Indian journal of veterinary science and animal husbandry - Volume 4,
Year: 1934
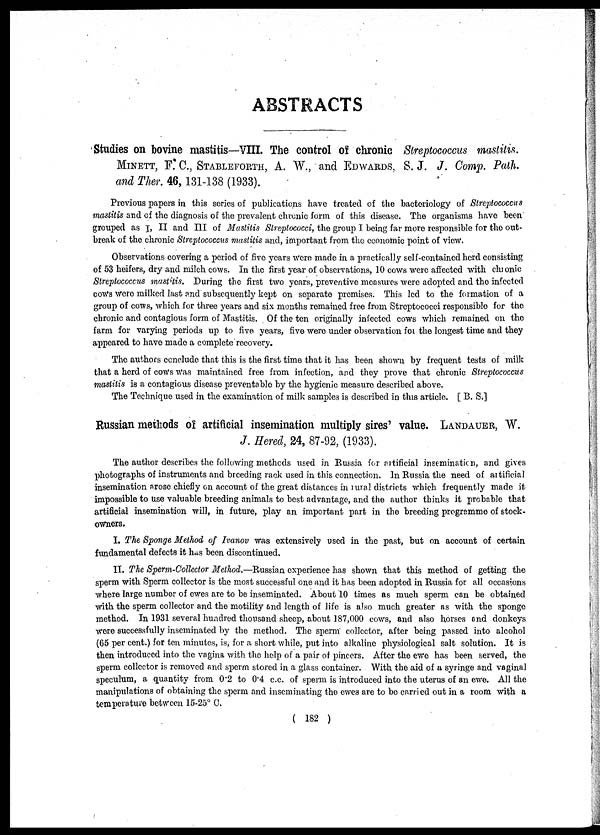
ABSTRACTS
Studies on bovine mastitis—VIII. The control of chronic Streptococcus mastitis.
MINETT, F. C., STABLEFORTH, A. W., and EDWARDS, S.J. J. Comp. Path.
and Ther. 46, 131-138 (1933).
Previous papers in this series of publications have treated of the bacteriology of Streptococcus
mastitis and of the diagnosis of the prevalent chronic form of this disease. The organisms have been
grouped as I, II and III of Mastitis Streptococci, the group I being far more responsible for the out-
break of the chronic Streptococcus mastitis and, important from the economic point of view.
Observations covering a period of five years were made in a practically self-contained herd consisting
of 53 heifers, dry and milch cows. In the first year of observations, 10 cows were affected with chronic
Streptococcus mastitis. During the first two years, preventive measures were adopted and the infected
cows were milked last and subsequently kept on separate premises. This led to the formation of a
group of cows, which for three years and six months remained free from Streptococci responsible for the
chronic and contagious form of Mastitis. Of the ten originally infected cows which remained on the
farm for varying periods up to five years, five were under observation for the longest time and they
appeared to have made a complete recovery.
The authors conclude that this is the first time that it has been shown by frequent tests of milk
that a herd of cows was maintained free from infection, and they prove that chronic Streptococcus
mastitis is a contagious disease preventable by the hygienic measure described above.
The Technique used in the examination of milk samples is described in this article. [ B. S.]
Russian methods of artificial insemination multiply sires' value. LANDAUER, W.
J. Hered, 24, 87-92, (1933).
The author describes the following methods used in Russia for artificial insemination, and gives
photographs of instruments and breeding rack used in this connection. In Russia the need of artificial
insemination arose chiefly on account of the great distances in rural districts which frequently made it
impossible to use valuable breeding animals to best advantage, and the author thinks it probable that
artificial insemination will, in future, play an important part in the breeding programme of stock -
owners.
I. The Sponge Method of Ivanov was extensively used in the past, but on account of certain
fundamental defects it has been discontinued.
II. The Sperm-Collector Method.—Russian experience has shown that this method of getting the
sperm with Sperm collector is the most successful one and it has been adopted in Russia for all occasions
where large number of ewes are to be inseminated. About 10 times as much sperm can be obtained
with the sperm collector and the motility and length of life is also much greater as with the sponge
method. In 1931 several hundred thousand sheep, about 187,000 cows, and also horses and donkeys
were successfully inseminated by the method. The sperm collector, after being passed into alcohol
(65 per cent.) for ten minutes, is, for a short while, put into alkaline physiological salt solution. It is
then introduced into the vagina with the help of a pair of pincers. After the ewe has been served, the
sperm collector is removed and sperm stored in a glass container. With the aid of a syringe and vaginal
speculum, a quantity from 0.2 to 0.4 c.c. of sperm is introduced into the uterus of an ewe. All the
manipulations of obtaining the sperm and inseminating the ewes are to be carried out in a room with a
temperature between 15-25° C.
( 182 )